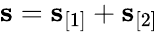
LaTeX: \begin{array}{r}{\mathbf s=\mathbf s_{[1]}+\mathbf s_{[2]}}\end{array}